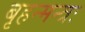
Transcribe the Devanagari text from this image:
बृहन्मन्त्रः